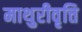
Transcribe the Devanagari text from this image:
माथुरीवृत्ति